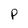
Character: P